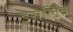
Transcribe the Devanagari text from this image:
इसलिवे